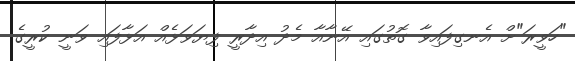
"ހަވީރަ"ށް އެނގިފައިވާ ގޮތުގައި އޭނާއާ މެދު އިދާރީ ފިޔަވަޅެއް އަޅާފައި ވަނީ ކުރީގެ